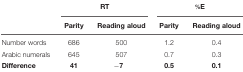
|  | <COLSPAN=2> RT | <COLSPAN=2> %E |
 |  | Parity | Reading aloud | Parity | Reading aloud |
 | --- | --- | --- | --- | --- |
 | Number words | 686 | 500 | 1.2 | 0.4 |
 | Arabic numerals | 645 | 507 | 0.7 | 0.3 |
 | Difference | 41 | -7 | 0.5 | 0.1 |